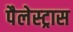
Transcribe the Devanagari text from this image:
पैलेस्ट्रास